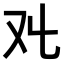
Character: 𠬜